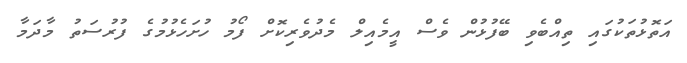
އަތޮޅުތަކުގައި ތިއްބެވި ބޭފުޅުން ވެސް އީމެއިލް މެދުވެރިކޮށް ފޯމު ހުށަހެޅުމުގެ ފުރުސަތު މާދަމާ